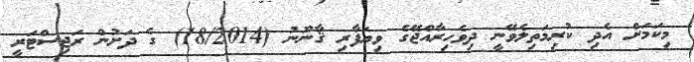
މިކަމަށް އެދި ކުރިމަތިލެވޭނީ ދިވެހިރާއްޖޭގެ ވިޔަފާރި ޤާނޫނު (18/2014) ގެ ދަށުން ރަޖިސްޓަރީ